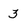
Character: 3